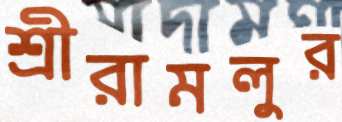
শ্রীরামলুর